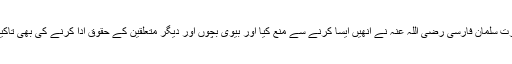
حضرت سلمان فارسی رضی اللہ عنہ نے انھیں ایسا کرنے سے منع کیا اور بیوی بچوں اور دیگر متعلقین کے حقوق ادا کرنے کی بھی تاکید کی۔